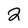
Character: 2